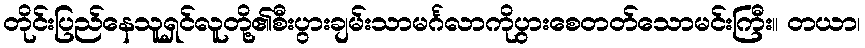
တိုင်းပြည်နေသူရှင်လူတို့၏စီးပွားချမ်းသာမင်္ဂလာကိုပွားစေတတ်သောမင်းကြီး။ တယာ၊